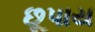
છૂપાય